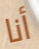
أنا